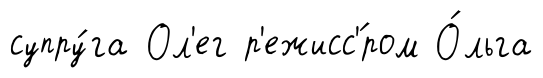
супру́га Ол'ег р'ежисс'́ром О́льга